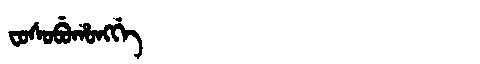
Manchu: ᠸᠣᠰᠣᠪᡠᡥᠣᠩᡤᡝ
Romanization: FOSOBUHONGGE